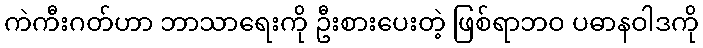
ကဲကီးဂတ်ဟာ ဘာသာရေးကို ဦးစားပေးတဲ့ ဖြစ်ရာဘဝ ပဓာနဝါဒကို